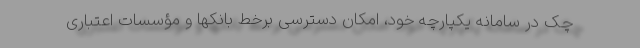
چک در سامانه یکپارچه خود، امکان دسترسی برخط بانکها و مؤسسات اعتباری